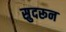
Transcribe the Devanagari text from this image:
सुदरून